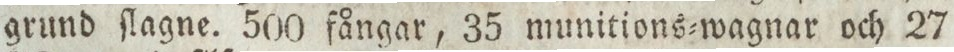
grund ſlagne. 500 fångar, 35 munitions=wagnar och 27